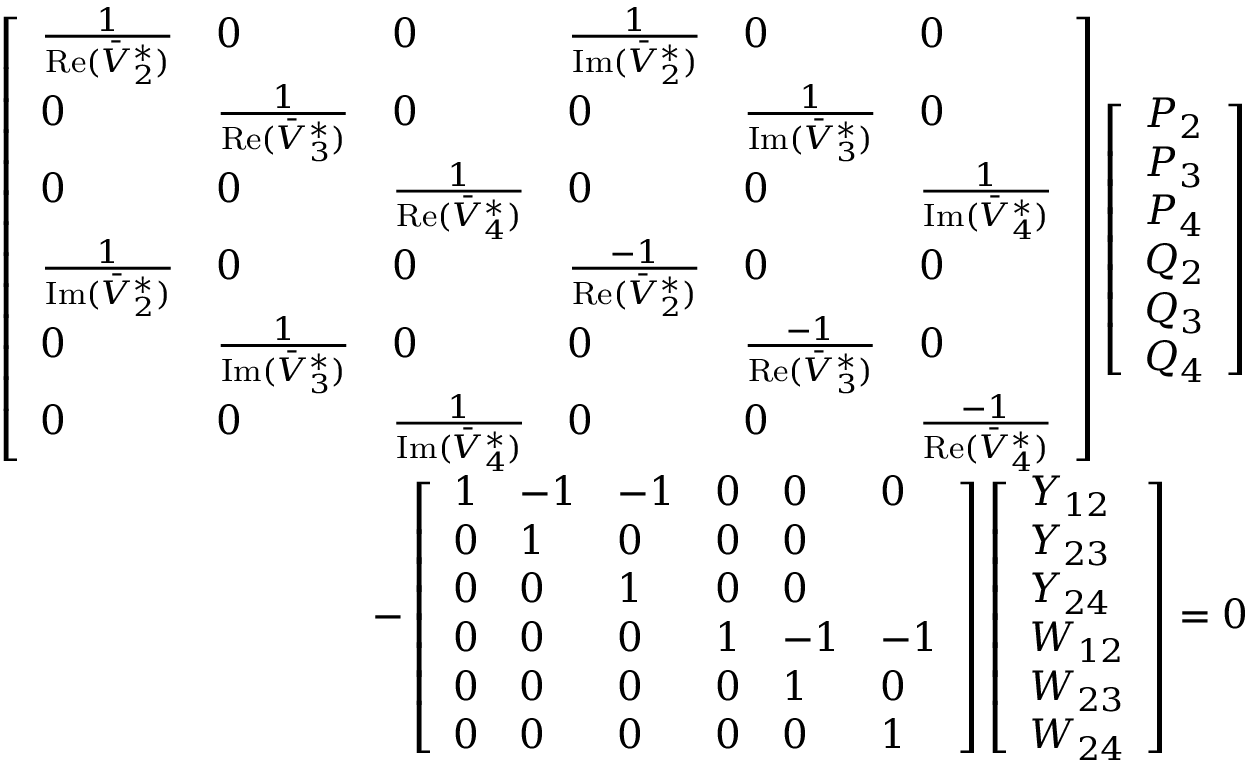
\begin{array} { r } { \left[ \begin{array} { l l l l l l } { \frac { 1 } { \mathrm { R e } ( \bar { V } _ { 2 } ^ { * } ) } } & { 0 } & { 0 } & { \frac { 1 } { \mathrm { I m } ( \bar { V } _ { 2 } ^ { * } ) } } & { 0 } & { 0 } \\ { 0 } & { \frac { 1 } { \mathrm { R e } ( \bar { V } _ { 3 } ^ { * } ) } } & { 0 } & { 0 } & { \frac { 1 } { \mathrm { I m } ( \bar { V } _ { 3 } ^ { * } ) } } & { 0 } \\ { 0 } & { 0 } & { \frac { 1 } { \mathrm { R e } ( \bar { V } _ { 4 } ^ { * } ) } } & { 0 } & { 0 } & { \frac { 1 } { \mathrm { I m } ( \bar { V } _ { 4 } ^ { * } ) } } \\ { \frac { 1 } { \mathrm { I m } ( \bar { V } _ { 2 } ^ { * } ) } } & { 0 } & { 0 } & { \frac { - 1 } { \mathrm { R e } ( \bar { V } _ { 2 } ^ { * } ) } } & { 0 } & { 0 } \\ { 0 } & { \frac { 1 } { \mathrm { I m } ( \bar { V } _ { 3 } ^ { * } ) } } & { 0 } & { 0 } & { \frac { - 1 } { \mathrm { R e } ( \bar { V } _ { 3 } ^ { * } ) } } & { 0 } \\ { 0 } & { 0 } & { \frac { 1 } { \mathrm { I m } ( \bar { V } _ { 4 } ^ { * } ) } } & { 0 } & { 0 } & { \frac { - 1 } { \mathrm { R e } ( \bar { V } _ { 4 } ^ { * } ) } } \end{array} \right] \left[ \begin{array} { l } { P _ { 2 } } \\ { P _ { 3 } } \\ { P _ { 4 } } \\ { Q _ { 2 } } \\ { Q _ { 3 } } \\ { Q _ { 4 } } \end{array} \right] } \\ { - \left[ \begin{array} { l l l l l l } { 1 } & { - 1 } & { - 1 } & { 0 } & { 0 } & { 0 } \\ { 0 } & { 1 } & { 0 } & { 0 } & { 0 } \\ { 0 } & { 0 } & { 1 } & { 0 } & { 0 } \\ { 0 } & { 0 } & { 0 } & { 1 } & { - 1 } & { - 1 } \\ { 0 } & { 0 } & { 0 } & { 0 } & { 1 } & { 0 } \\ { 0 } & { 0 } & { 0 } & { 0 } & { 0 } & { 1 } \end{array} \right] \left[ \begin{array} { l } { Y _ { 1 2 } } \\ { Y _ { 2 3 } } \\ { Y _ { 2 4 } } \\ { W _ { 1 2 } } \\ { W _ { 2 3 } } \\ { W _ { 2 4 } } \end{array} \right] = 0 } \end{array}